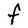
Character: F